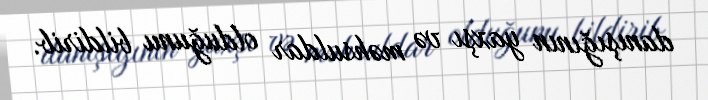
danışığının yaxşı və məhsuldar olduğunu bildirib.